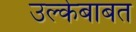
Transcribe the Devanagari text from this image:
उल्केबाबत